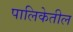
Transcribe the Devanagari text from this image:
पालिकेतील